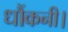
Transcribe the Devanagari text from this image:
धौंकनी।